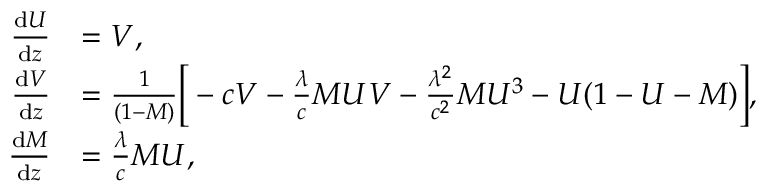
\begin{array} { r l } { \frac { \mathrm { d } U } { \mathrm { d } z } } & { = V , } \\ { \frac { \mathrm { d } V } { \mathrm { d } z } } & { = \frac { 1 } { ( 1 - M ) } \bigg [ - c V - \frac { \lambda } { c } M U V - \frac { \lambda ^ { 2 } } { c ^ { 2 } } M U ^ { 3 } - U ( 1 - U - M ) \bigg ] , } \\ { \frac { \mathrm { d } M } { \mathrm { d } z } } & { = \frac { \lambda } { c } M U , } \end{array}